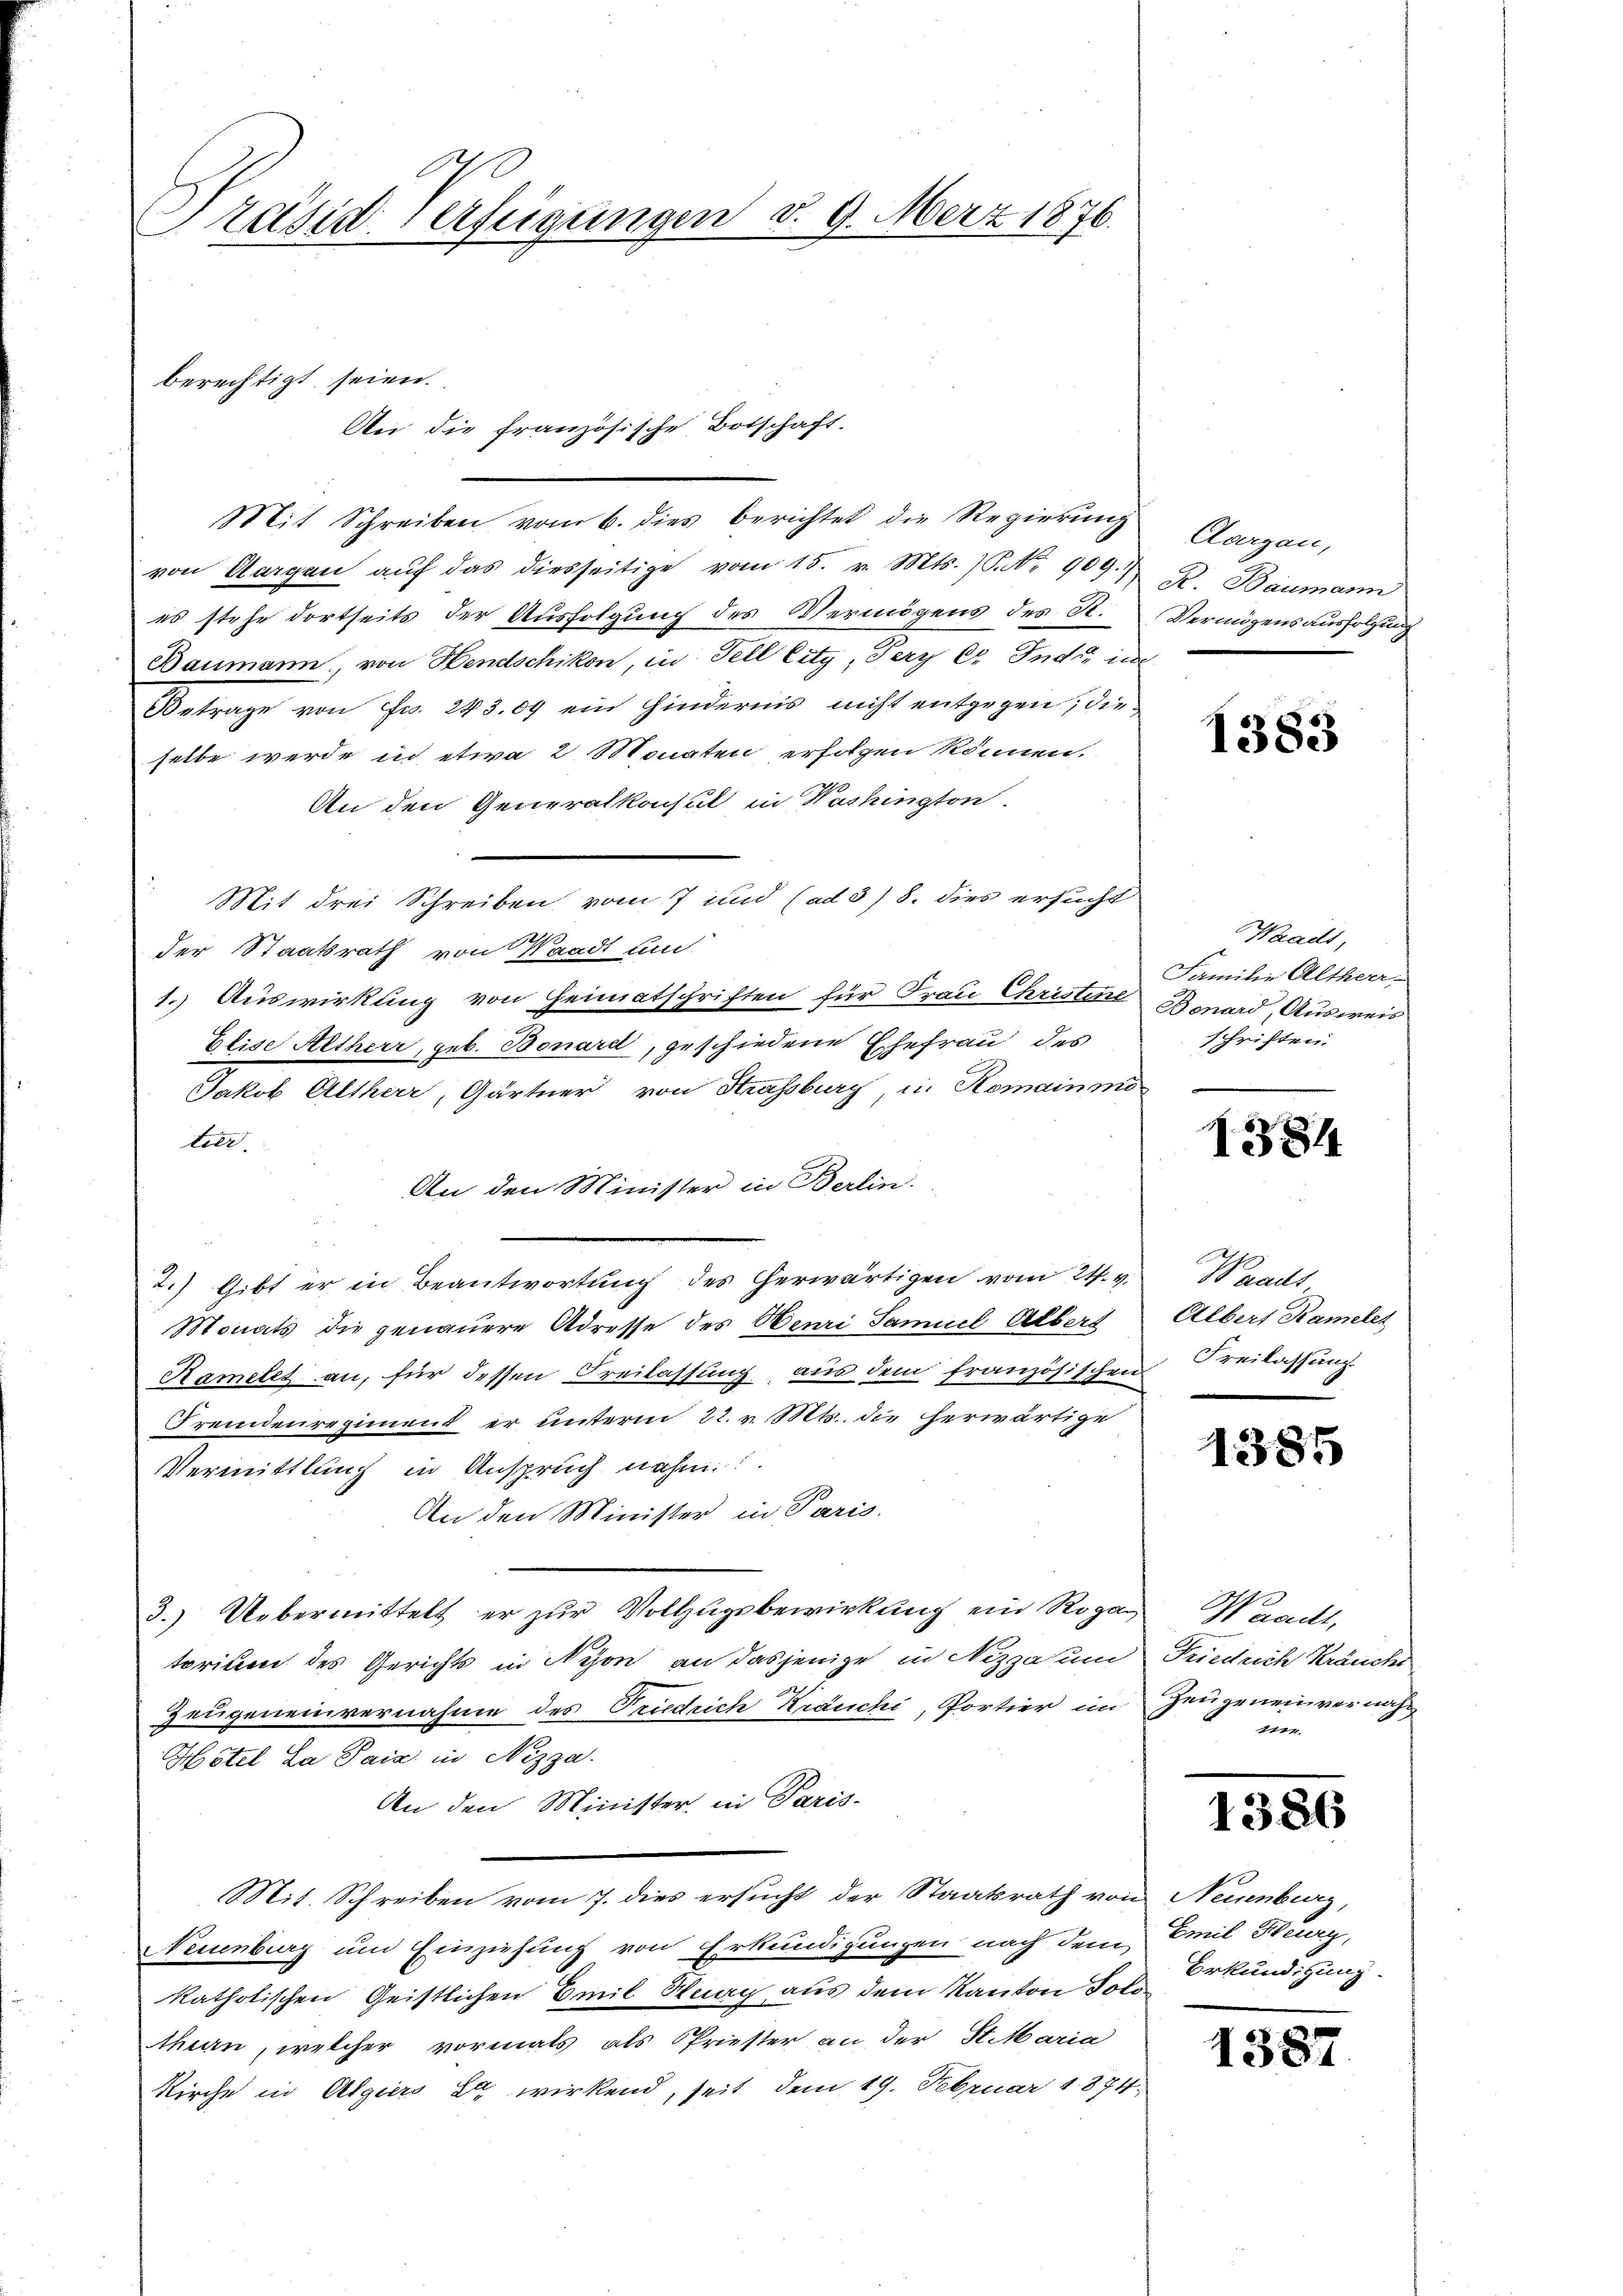
Präsid Verfügungen d. 9. März 1876.

Mit Schreiben vom 6. dies berichtet die Regierung
von Aargau aŭf das diesseitige vom 15. v. Mts. S. Nr. 909.)
es stehe dortseits der Ausfolgung des Vermögens des St. Vermögensausfolgung
Baumann, von Hendschikon, in Fell Eity, Pery er Indi, in
Betrage von Fr. 243. 09 ein hindernis nicht entgegen, dieselbe werde in etwa 2 Monaten erfolgen können.
An den Generalkonsul in Washington
Mit drei Schreiben vom 7 und (ad 3) 8. dies ersucht
der Staatsrath von Waadt und
1. Auswirkung von Heimatschriften für Frau Christen Brod, Ausweis
Elise Altherr, geb. Bonard, geschiedene Ehefrau des
Jakob Altherr, Gärtner von Strassburg in Romainmötier.
An den Minister in Berlin.
2.) Gibt er in Beantwortung des herwärtigen vom 21. v.
Monats die genauere Adresse des Meuri Samuel Albert
Ramelet an, für dessen Freilassung aus dem französischen Kreilassung
Fremdenregiment er unterm 22. v. Mts. die herwärtige
Vermittlung in Anspruch nahm
An den Minister in Paris.
3.) Uebermittelt er zŭr Vollzŭgsbewirkung ein Rogan Waadt,
torium des Gerichts in Nyon an dasjenige in Nizzasum Friedrich Kränder
Zeugeneinvernahme des Friedrich Kräuchi, Portier im Zeugeneinvernah¬
Hôtel La Paix. in Nizza.
An den Minister, in Paris-
Mit. Schreiben vom 7. dies ersucht der Staatsrath von Neuenburg,
Neuenburg um Einziehung von Erkundigungen nach dem Emil Kunz,
katholischen Geistlichen Emil Knag aus dem Kanton Solo
then, welcher vormals als Spriester an der St. Maria
Kirche in Algiers Er wirkend, seit dem 19. Februar 1874.

berechtigt seien.
An die französische Ortschaft.

Aargau,
K. Baumann

1383

Waadt,
Familie Altherr
schriften.

1384

Waaus
Albers Kamelet

1385

mie.

1386

Erkundigung.

1387